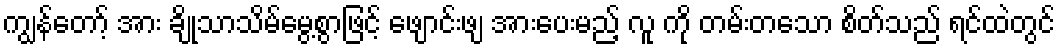
ကျွန်တော့် အား ချိုသာသိမ်မွေ့စွာဖြင့် ဖျောင်းဖျ အားပေးမည့် လူ ကို တမ်းတသော စိတ်သည် ရင်ထဲတွင်